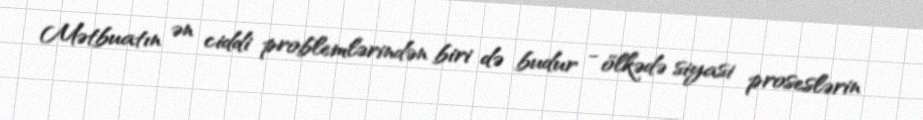
Mətbuatın ən ciddi problemlərindən biri də budur - ölkədə siyasi proseslərin